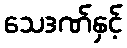
သေဒဏ်နှင့်